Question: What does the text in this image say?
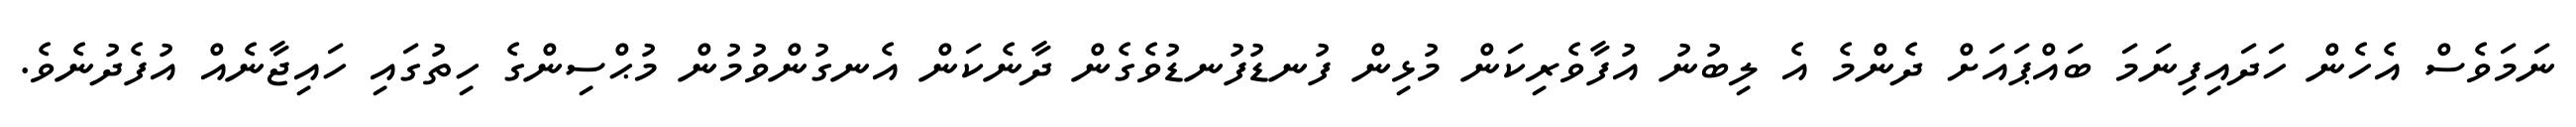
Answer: ނަމަވެސް އެހެން ހަދައިފިނަމަ ބައްޕައަށް ދެންމެ އެ ލިބުނު އުފާވެރިކަން މުޅިން ފުނޑުފުނޑުވެގެން ދާނެކަން އެނގުންވުމުން މުޙްސިންގެ ހިތުގައި ހައިޖާނެއް އުފެދުނެވެ.